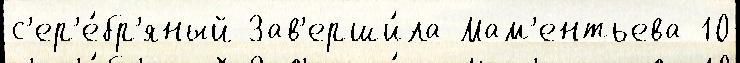
с'ер'е́бр'яный Зав'ерши́ла Мам'ентьева 10